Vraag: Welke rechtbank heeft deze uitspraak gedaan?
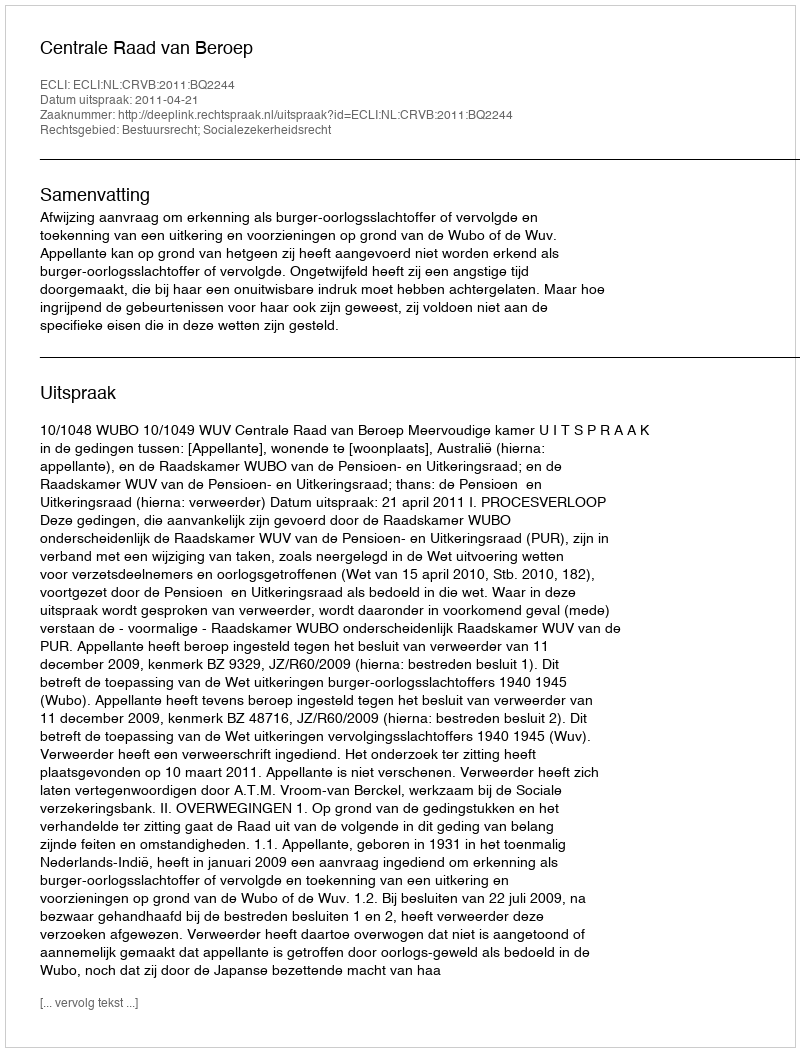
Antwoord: Centrale Raad van Beroep